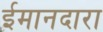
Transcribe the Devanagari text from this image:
ईमानदारा